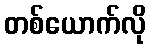
တစ်ယောက်လို